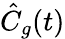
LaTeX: \hat{C}_{g}(t)